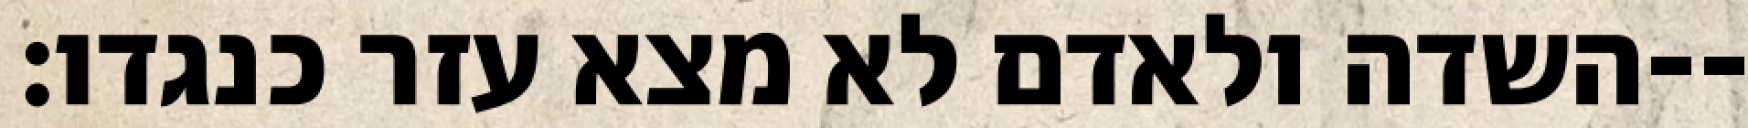
השדה ולאדם לא מצא עזר כנגדו׃--